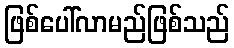
ဖြစ်ပေါ်လာမည်ဖြစ်သည်